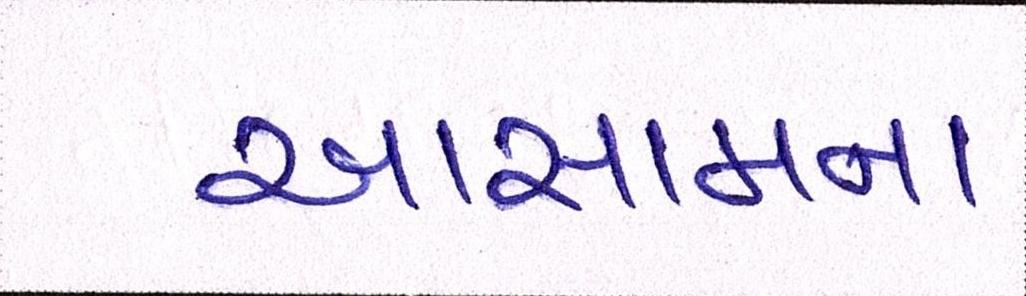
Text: આસામના